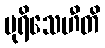
ပုရိသေဟီတိ